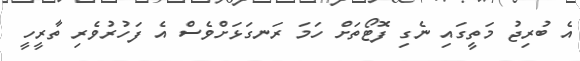
އެ ބުރިޖު މަތީގައި ނެގި ފޮޓޯތަށް ހަމަ ރަނގަޅަށްވެސް އެ ފަހުރުވެރި ތާރީހީ